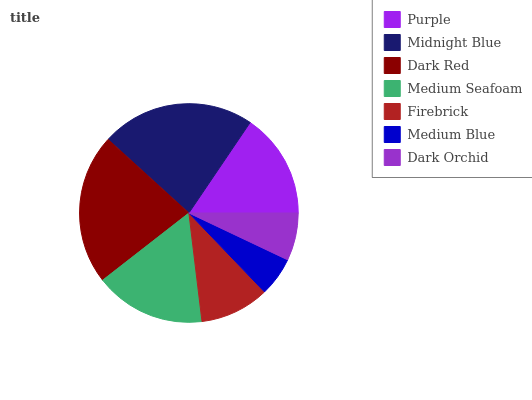
| Purple | Midnight Blue | Dark Red | Medium Seafoam | Firebrick | Medium Blue | Dark Orchid |
 | --- | --- | --- | --- | --- | --- | --- |
 | 15.5% | 22.7% | 22.3% | 16.4% | 10.2% | 5.79% | 7.05% |